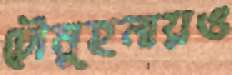
চৌমুহনায়ও